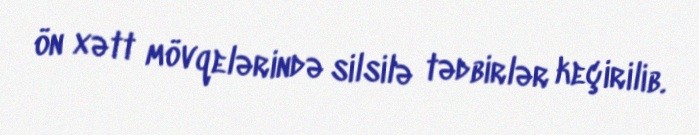
ön xətt mövqelərində silsilə tədbirlər keçirilib.